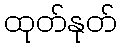
ထုတ်နုတ်